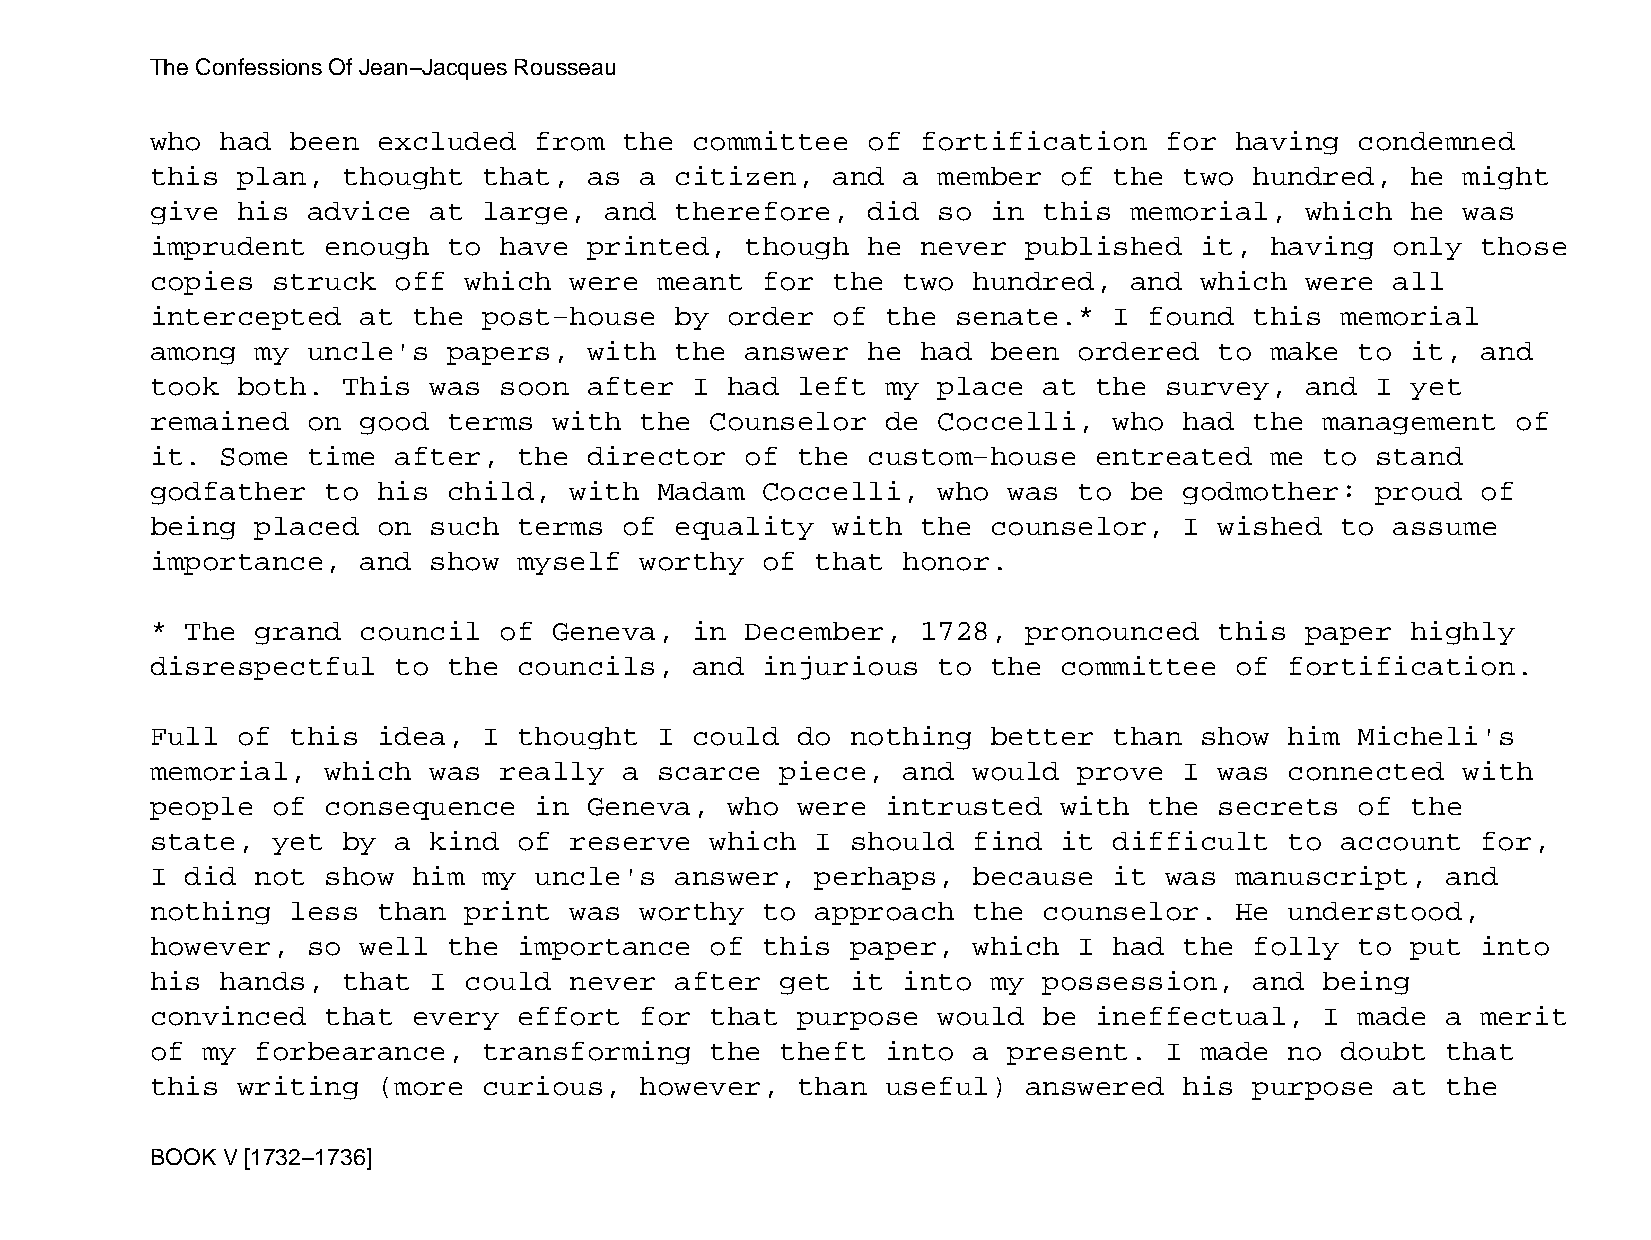
The Confessions Of Jean−Jacques Rousseau
 who  had been  excluded  from  the  committee  of  fortification   for  having  condemned
 this  plan,  thought  that,  as a  citizen,  and  a member  of  the two  hundred,  he  might
 give  his advice  at  large,  and  therefore,  did  so  in this  memorial,  which  he  was
 imprudent   enough  to have  printed,  though  he  never  published  it,  having  only  those
 copies  struck  off  which  were  meant for  the  two hundred,   and which  were  all
 intercepted   at the  post−house   by order  of  the senate.*   I found  this  memorial
 among  my uncle's   papers,  with  the answer  he  had  been ordered   to make  to it,  and
 took  both.  This was  soon  after  I had  left  my place  at the  survey,  and  I yet
 remained  on  good  terms  with the  Counselor   de Coccelli,   who had  the  management  of
 it.  Some time  after,  the  director  of  the custom−house   entreated   me  to stand
 godfather   to his  child,  with  Madam Coccelli,   who  was to  be godmother:   proud  of
 being  placed  on such  terms  of  equality  with  the  counselor,  I  wished  to assume
 importance,   and show  myself  worthy  of  that  honor.
 * The  grand  council  of  Geneva,  in December,   1728,  pronounced   this paper  highly
 disrespectful   to  the councils,   and injurious   to  the committee   of fortification.
 Full  of this  idea,  I thought   I could  do nothing   better  than show  him  Micheli's
 memorial,   which was  really  a  scarce  piece,  and would  prove  I  was connected   with
 people  of  consequence  in  Geneva,  who  were  intrusted  with  the  secrets  of the
 state,  yet  by a kind  of  reserve  which  I should  find  it  difficult  to  account  for,
 I did  not  show him  my uncle's   answer,  perhaps,  because   it was  manuscript,   and
 nothing  less  than  print  was worthy  to  approach  the  counselor.   He understood,
 however,  so  well  the importance   of this  paper,  which  I  had the  folly  to put  into
 his  hands,  that I  could  never  after  get it  into  my possession,   and  being
 convinced   that every  effort  for  that  purpose  would  be ineffectual,    I made  a merit
 of my  forbearance,   transforming   the  theft  into a  present.  I made  no  doubt  that
 this  writing  (more  curious,  however,   than  useful)  answered  his  purpose  at  the
 BOOK V [1732−1736]